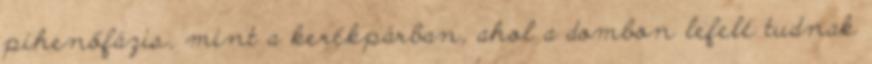
pihenőfázis, mint a kerékpárban, ahol a dombon lefelé tudnak